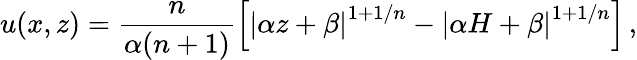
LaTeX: u(x,z)=\frac{n}{\alpha(n+1)}\left[\left|\alpha z+\beta\right|^{1+1/n}-\left|\alpha H+\beta\right|^{1+1/n}\right]\, ,